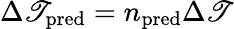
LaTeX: \Delta\mathscr{T}_{\mathrm{{pred}}}=n_{\mathrm{{pred}}}\Delta\mathscr{T}